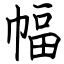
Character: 幅